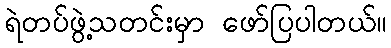
ရဲတပ်ဖွဲ့သတင်းမှာ ဖော်ပြပါတယ်။